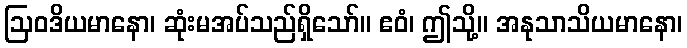
ဩဝဒိယမာနော၊ ဆုံးမအပ်သည်ရှိသော်။ ဧဝံ၊ ဤသို့။ အနုသာသိယမာနော၊